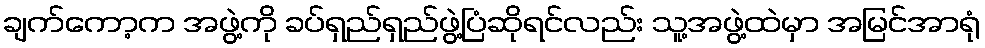
ချက်ကော့က အဖွဲ့ကို ခပ်ရှည်ရှည်ဖွဲ့ပြံဆိုရင်လည်း သူ့အဖွဲ့ထဲမှာ အမြင်အာရုံ